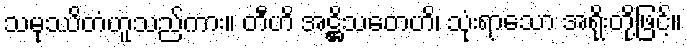
သမုဿိတံဟူသည်ကား။ တီဟိ အဋ္ဌိသတေဟိ၊ သုံးရာသော အရိုးတို့ဖြင့်။